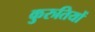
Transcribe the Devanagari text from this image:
कुरुतियों